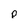
Character: p